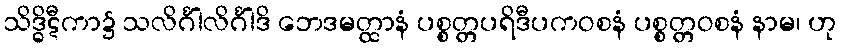
သိဒ္ဓိဋီကာ၌ သလိင်္ဂါလိင်္ဂါဒိ ဘေဒမတ္ထာနံ ပစ္စတ္တပရိဒီပကဝစနံ ပစ္စတ္တဝစနံ နာမ၊ ဟု